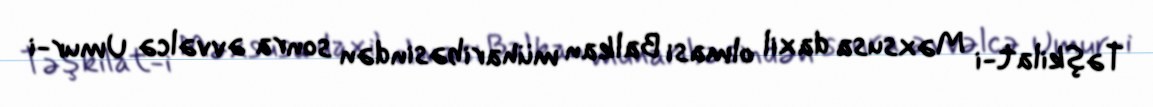
Təşkilat-i Məxsusa daxil olması Balkan müharibəsindən sonra əvvəlcə Umur-i